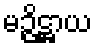
မဉ္ဇိဋ္ဌာယ